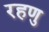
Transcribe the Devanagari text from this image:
रहणु